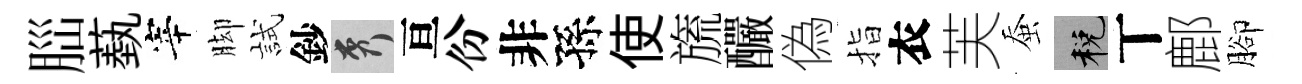
𦛁蓺宰脚試鈔秀亘份非孫使旒釅偽指衣芙蚕税丅鄜腳